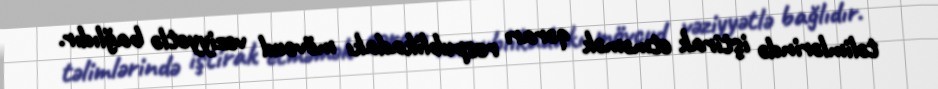
təlimlərində iştirak etməmək qərarı respublikadakı mövcud vəziyyətlə bağlıdır.